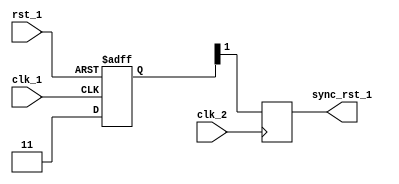
module Synchronizer (
    input wire clk_1, // input clock domain
    input wire rst_1, // input reset signal
    output reg sync_rst_1, // synchronized reset signal
    input wire clk_2 // output clock domain
);

reg [1:0] sync_rst_reg; // internal register for reset synchronization

always @(posedge clk_1 or posedge rst_1) begin
    if (rst_1) begin
        sync_rst_reg <= 2'b00; // synchronized reset signal is low during reset
    end else begin
        sync_rst_reg <= 2'b11; // synchronized reset signal is high when not in reset
    end
end

always @(posedge clk_2) begin
    sync_rst_1 <= sync_rst_reg[1]; // synchronized reset signal output
end

endmodule